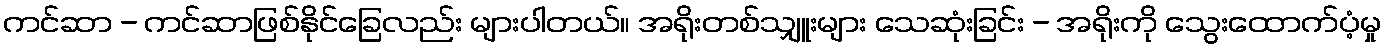
ကင်ဆာ - ကင်ဆာဖြစ်နိုင်ခြေလည်း များပါတယ်။ အရိုးတစ်သျှူးများ သေဆုံးခြင်း - အရိုးကို သွေးထောက်ပံ့မှု